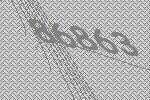
86863